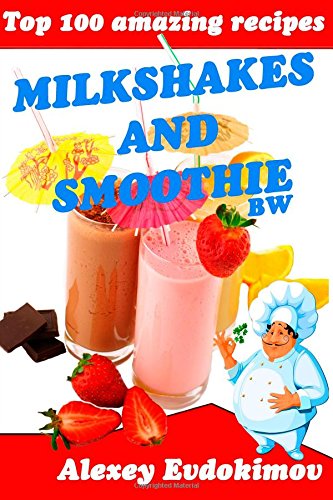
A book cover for Top 100 Amazing Recipes Milkshakes and Smoothie BW; Alexey Evdokimov; Cookbooks, Food & Wine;